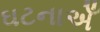
ઘટનાએઁ